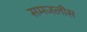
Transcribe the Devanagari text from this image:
समजलीस